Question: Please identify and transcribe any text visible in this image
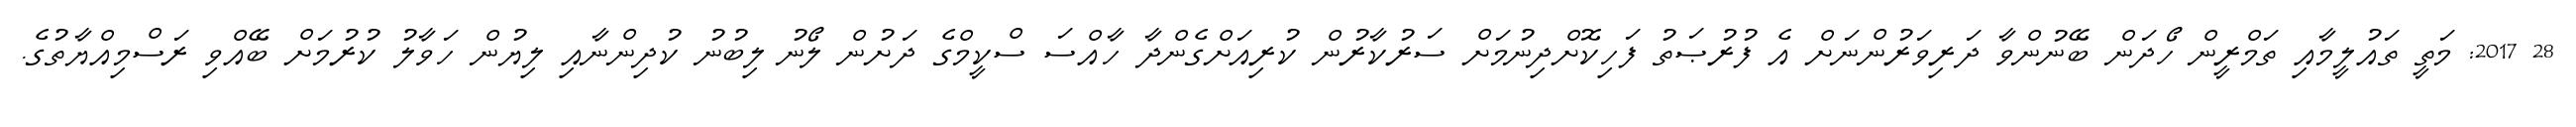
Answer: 28 2017: މަތީ ތައުލީމާއި ތަމްރީން ހޯދަން ބޭނުންވާ ދަރިވަރުންނަށް އެ ފުރުޞަތު ފަހިކޮށްދިނުމަށް ސަރުކާރުން ކުރިއަށްގެންދާ ހާއްސަ ސްކީމްގެ ދަށުން ލޯނު ލިބުނު ކުދިންނާއި ލިޔުން ހަވާލު ކުރުމަށް ބޭއްވި ރަސްމިއްޔާތުގެ.